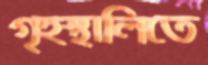
গৃহস্থালিতে